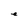
Character: e